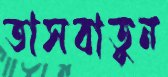
তাসবাতুন